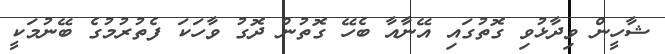
ޝާހީން ވިދާޅުވި ގޮތުގައި އޭނާއާ ބެހޭ ގޮތުން ދޮގު ވާހަކަ ފެތުރުމުގެ ބޭނުމަކީ